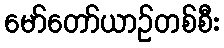
မော်တော်ယာဉ်တစ်စီး